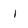
Character: l